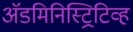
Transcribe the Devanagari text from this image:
अॅडमिनिस्ट्रिटिव्ह